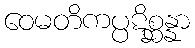
ဝေမတိကပ္ပဋိစ္ဆန္နာ